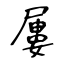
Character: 屢